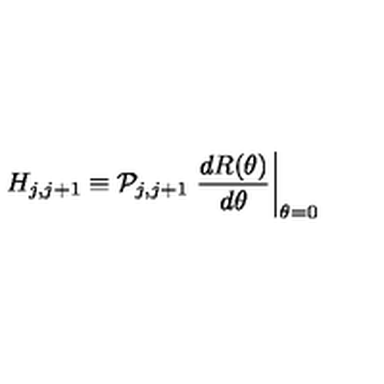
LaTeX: H _ { j , j + 1 } \equiv { \cal P } _ { j , j + 1 } \left. \frac { d R ( \theta ) } { d \theta } \right| _ { \theta = 0 } \nonumber